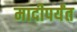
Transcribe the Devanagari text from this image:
मादीपर्यंत